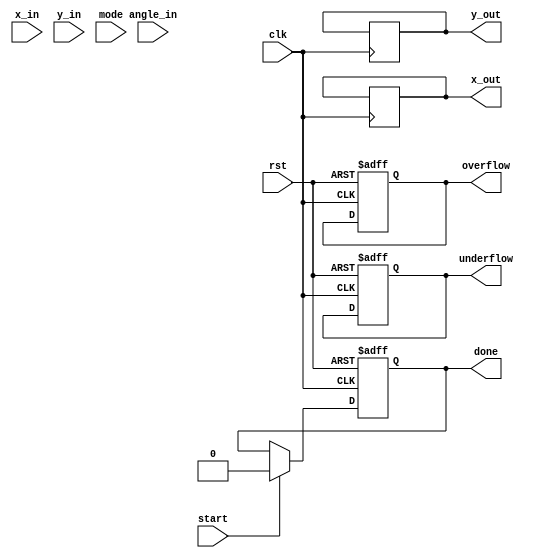
module CORDIC (
    input wire clk,
    input wire rst,
    input wire start,
    input wire [15:0] x_in,   // Fixed-point input X
    input wire [15:0] y_in,   // Fixed-point input Y
    input wire [15:0] angle_in, // Angle input for rotation
    input wire mode,          // 0: Vectoring, 1: Rotation
    output reg [15:0] x_out,  // Output X
    output reg [15:0] y_out,  // Output Y
    output reg done,          // Operation done flag
    output reg overflow,      // Overflow flag
    output reg underflow      // Underflow flag
);

parameter N = 16; // Number of iterations
reg [15:0] x [0:N-1]; // X values for each iteration
reg [15:0] y [0:N-1]; // Y values for each iteration
reg [15:0] z [0:N-1]; // Angle values for each iteration
reg [3:0] iteration; // Current iteration count
reg [15:0] angle; // Current angle
reg [15:0] K; // Scaling factor

// CORDIC gain factor
initial begin
    K = 16'h26DD; // Approximate value of K = 0.607 (for 16 iterations)
end

// Lookup table for atan(2^-i)
reg [15:0] atan_table [0:N-1];
initial begin
    atan_table[0] = 16'h2000; // atan(1) = 45 degrees in fixed-point
    atan_table[1] = 16'h1666; // atan(0.5) = 26.565 degrees
    atan_table[2] = 16'h0D89; // atan(0.25) = 14.036 degrees
    atan_table[3] = 16'h0A3D; // atan(0.125) = 7.125 degrees
    // Fill in remaining values...
end

// CORDIC iteration process
always @(posedge clk or posedge rst) begin
    if (rst) begin
        iteration <= 0;
        done <= 0;
        overflow <= 0;
        underflow <= 0;
    end else if (start) begin
        // Initialize inputs
        x[0] <= x_in;
        y[0] <= y_in;
        angle <= angle_in;
        iteration <= 0;
        done <= 0;
    end else if (iteration < N) begin
        // Perform CORDIC rotation
        if (mode == 1'b0) begin // Vectoring mode
            if (y[iteration] < 0) begin
                x[iteration + 1] <= x[iteration] + (y[iteration] >>> iteration);
                y[iteration + 1] <= y[iteration] + (x[iteration] >>> iteration);
                z[iteration + 1] <= z[iteration] - atan_table[iteration];
            end else begin
                x[iteration + 1] <= x[iteration] - (y[iteration] >>> iteration);
                y[iteration + 1] <= y[iteration] + (x[iteration] >>> iteration);
                z[iteration + 1] <= z[iteration] + atan_table[iteration];
            end
        end else begin // Rotation mode
            if (angle < z[iteration]) begin
                x[iteration + 1] <= x[iteration] - (y[iteration] >>> iteration);
                y[iteration + 1] <= y[iteration] + (x[iteration] >>> iteration);
                z[iteration + 1] <= z[iteration] + atan_table[iteration];
            end else begin
                x[iteration + 1] <= x[iteration] + (y[iteration] >>> iteration);
                y[iteration + 1] <= y[iteration] - (x[iteration] >>> iteration);
                z[iteration + 1] <= z[iteration] - atan_table[iteration];
            end
        end
        iteration <= iteration + 1;
    end else if (iteration == N) begin
        // Final output after N iterations
        x_out <= x[N];
        y_out <= y[N];
        done <= 1;
        // Apply scaling factor
        x_out <= (x_out * K) >>> 16; // Scale down
        y_out <= (y_out * K) >>> 16; // Scale down
    end
end

endmodule